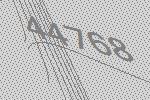
44768